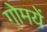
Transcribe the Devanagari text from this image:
गोमयें